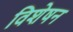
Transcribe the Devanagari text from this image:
विशेषन